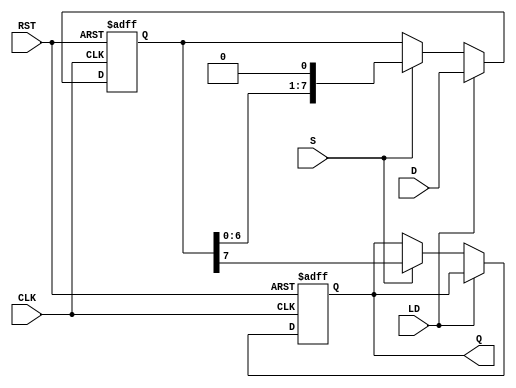
module PISO_Register #(
    parameter WIDTH = 8  // Parameter to define the width of the register
)(
    input wire [WIDTH-1:0] D,  // Parallel data input
    input wire LD,              // Load control signal
    input wire S,               // Shift control signal
    input wire CLK,             // Clock signal
    input wire RST,             // Asynchronous reset signal
    output reg Q                // Serial output
);

    // Internal register to hold the data
    reg [WIDTH-1:0] shift_reg;

    // Asynchronous reset and data loading
    always @(posedge CLK or posedge RST) begin
        if (RST) begin
            shift_reg <= {WIDTH{1'b0}}; // Clear the register
            Q <= 1'b0;                  // Clear the output
        end else if (LD) begin
            shift_reg <= D;             // Load data into the register
        end else if (S) begin
            // Shift operation
            Q <= shift_reg[WIDTH-1];    // Output the MSB
            shift_reg <= {shift_reg[WIDTH-2:0], 1'b0}; // Shift left
        end
    end

endmodule